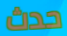
حدث